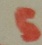
Text: 5